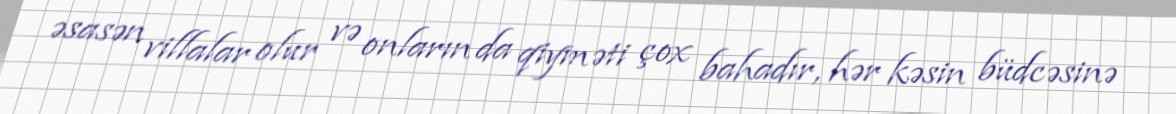
əsasən villalar olur və onların da qiyməti çox bahadır, hər kəsin büdcəsinə